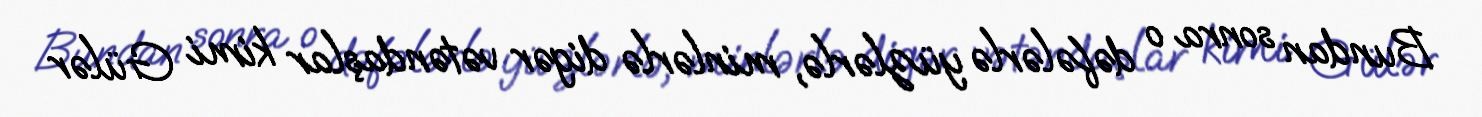
Bundan sonra o dəfələrlə yüzlərlə, minlərlə digər vətəndaşlar kimi Gülər